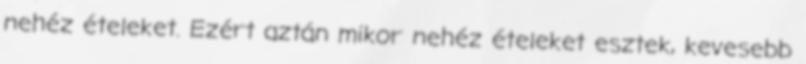
nehéz ételeket. Ezért aztán mikor nehéz ételeket esztek, kevesebb